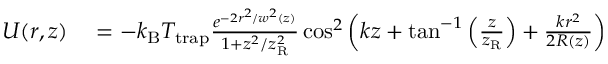
\begin{array} { r l } { U ( r , z ) } & { { } = - k _ { \mathrm { B } } T _ { \mathrm { t r a p } } \frac { e ^ { - 2 r ^ { 2 } / w ^ { 2 } ( z ) } } { 1 + z ^ { 2 } / z _ { \mathrm { R } } ^ { 2 } } \cos ^ { 2 } \left( k z + \tan ^ { - 1 } \left( \frac { z } { z _ { \mathrm { R } } } \right) + \frac { k r ^ { 2 } } { 2 R ( z ) } \right) } \end{array}